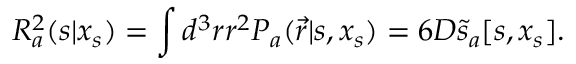
{ \cal R } _ { a } ^ { 2 } ( s | x _ { s } ) = \int d ^ { 3 } r r ^ { 2 } P _ { a } ( \vec { r } | s , x _ { s } ) = 6 D \tilde { s } _ { a } [ s , x _ { s } ] .